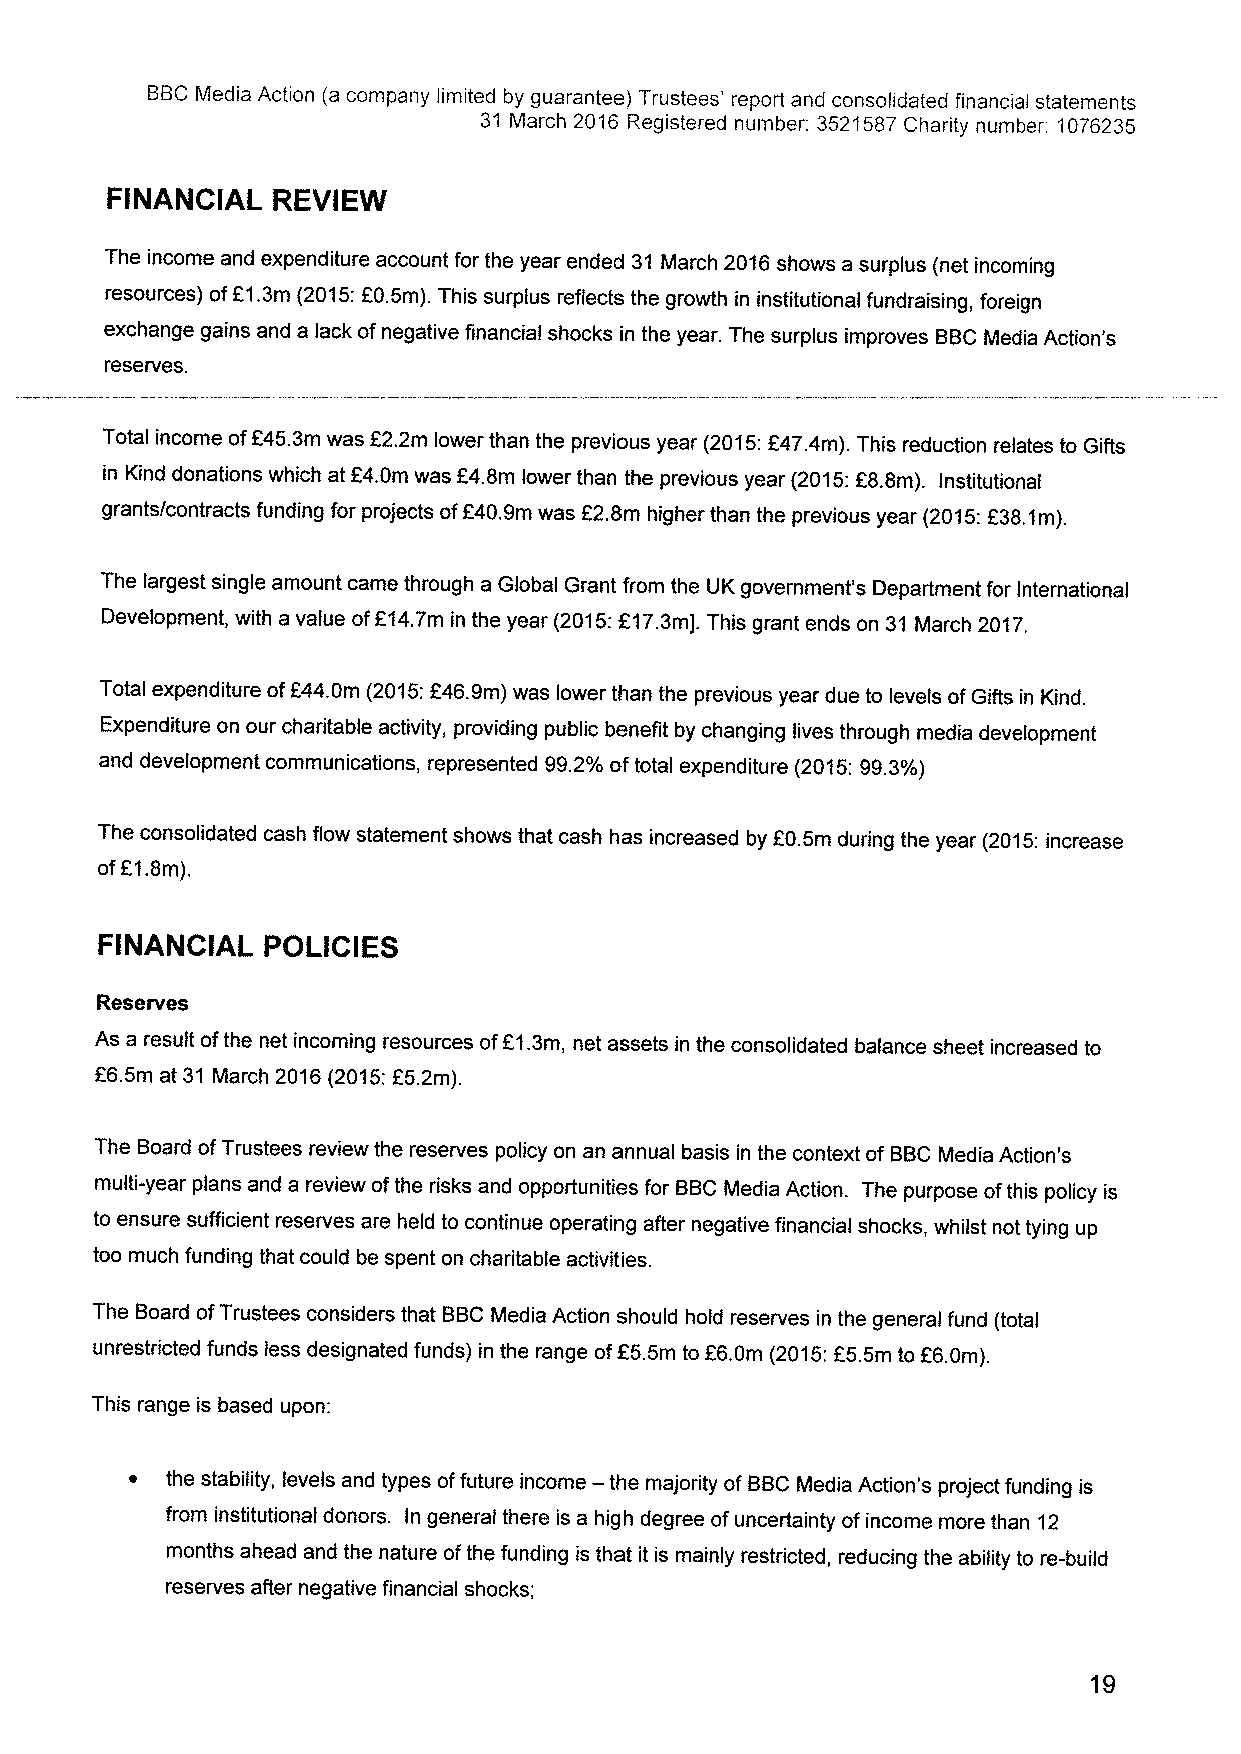
BBCMedia Action (a company limited by guarantee) Trustees' report and consolidated financial statements
 31 March 2016 Registered number: 3521587Charity number: 1076235
 FINANCIAL  REVIEW
 The income and expenditure account for the year ended 31 March 2016shows a surplus (net incoming
 resources) ofE1.3m (2015:F0.5m). This surplus reflects the growth in institutional fundraising, foreign
 exchange gains and a lack ofnegative financial shocks in the year. The surplus improves BBCMedia Action's
 reserves.
 Total income ofF45.3m was E2.2m lower than the previous year (2015:F47.4m). This reduction relates to Gifts
 in Kind donations which at F4.0m was F4.8m lower than the previous year (2015:E8.8m). Institutional
 grants/contracts funding for projects ofF40.9m was F2.8m higher than the previous year (2015:F38.1m).
 The largest single amount came through a Global Grant from the UK government's Department for International
 Development, with a value ofF14.7m in the year (2015:F17.3m]. This grant ends on 31 March 2017.
 Total expenditure ofF44.0m (2015:F46.9m) was lower than the previous year due to levels ofGifts in Kind.
 Expenditure on our charitable activity, providing public benefit by changing lives through media development
 and development communications, represented 99.2%oftotal expenditure (2015:99.3%)
 The consolidated cash flow statement shows that cash has increased by E0.5m during the year (2015:increase
 ofE1.8m),
 FINANCIAL  POLICIES
 Reserves
 As a result ofthe net incoming resources ofF1.3m, net assets in the consolidated balance sheet increased to
 F6.5m at 31 March 2016(2015:F5.2m).
 The Board ofTrustees review the reserves policy on an annual basis in the context of BBCMedia Action's
 multi-year plans and a review ofthe risks and opportunities for BBCMedia Action. The purpose ofthis policy is
 to ensure sufficient reserves are held to continue operating after negative financial shocks, whilst not tying up
 too much funding that could be spent on charitable activities.
 The Board ofTrustees considers that BBCMedia Action should hold reserves in the general fund (total
 unrestricted funds less designated funds) in the range ofE5.5m to F6.0m (2015:F5.5m to E6.0m).
 This range is based upon:
 ~ the stability, levels and types offuture income — the majority of BBCMedia Action's project funding is
 from institutional donors. In general there is a high degree ofuncertainty ofincome more than 12
 months ahead and the nature ofthe funding is that it is mainly restricted, reducing the ability to re-build
 reserves after negative financial shocks;
 19